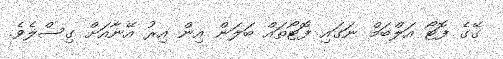
ގޭގެ ފޮޓޯ އަލްބަމް ނަގައި ފޮޓޯތައް ބަލަން އިން އިރު އޭނާއަށް ގިސްލެވެ.